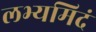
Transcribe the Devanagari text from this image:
लभ्यमिदं